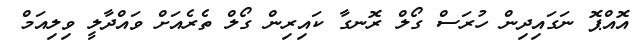
އޮއްޕޮ ނަގައިދިން ހުރަސް ގޯލް ރޮނގާ ކައިރިން ގޯލް ތެރެއަށް ވައްދާލީ ވިލިއަމް